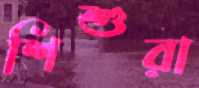
শিশুরা